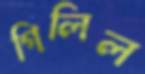
গিলিল